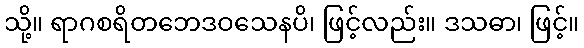
သို့။ ရာဂစရိတဘေဒဝသေနပိ၊ ဖြင့်လည်း။ ဒသဓာ၊ ဖြင့်။